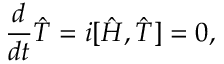
\frac { d } { d t } \hat { T } = i [ \hat { H } , \hat { T } ] = 0 ,